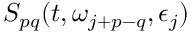
S _ { p q } ( t , \omega _ { j + p - q } , \epsilon _ { j } )